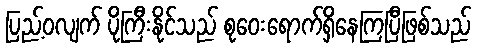
ပြည့်ဝလျက် ပိုကြီးနိုင်သည် စုဝေးရောက်ရှိနေကြပြီဖြစ်သည်